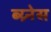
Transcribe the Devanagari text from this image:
ब्य्र्नेस